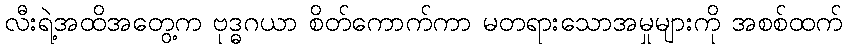
လီးရဲ့အထိအတွေ့က ဗုဒ္ဓဂယာ စိတ်ကောက်ကာ မတရားသောအမှုများကို အစစ်ထက်